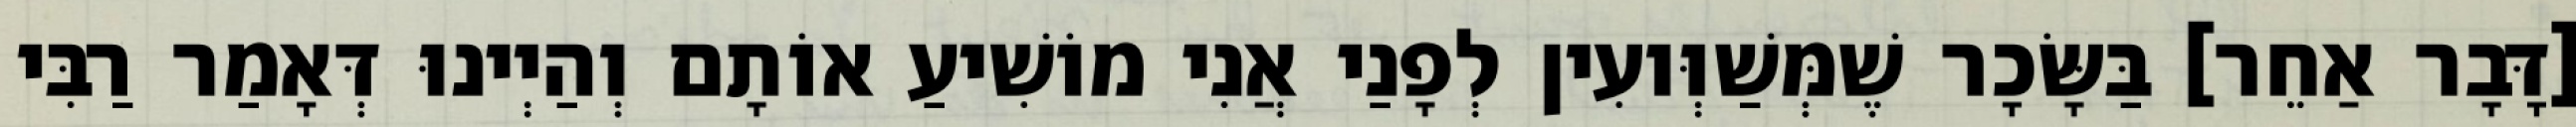
[דָּבָר אַחֵר] בַּשָּׂכָר שֶׁמְּשַׁוְּועִין לְפָנַי אֲנִי מוֹשִׁיעַ אוֹתָם וְהַיְינוּ דְּאָמַר רַבִּי